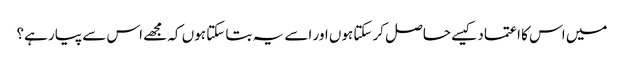
میں اس کا اعتماد کیسے حاصل کرسکتا ہوں اور اسے یہ بتا سکتا ہوں کہ مجھے اس سے پیار ہے؟